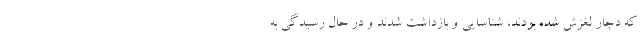
که دچار لغزش شده بودند، شناسایی و بازداشت شدند و در حال رسیدگی به